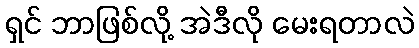
ရှင် ဘာဖြစ်လို့ အဲဒီလို မေးရတာလဲ